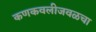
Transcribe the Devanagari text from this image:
कणकवलीजवळचा